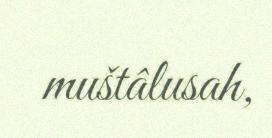
muštâlusah,